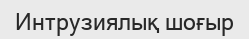
Интрузиялық шоғыр